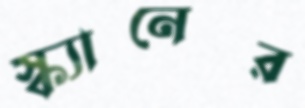
স্ক্যানের